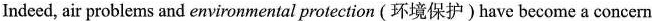
Indeed, air problems and environmental protection (环境保护) have become a concern